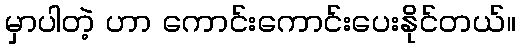
မှာပါတဲ့ ဟာ ကောင်းကောင်းပေးနိုင်တယ်။